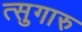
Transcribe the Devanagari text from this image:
त्सुगारु